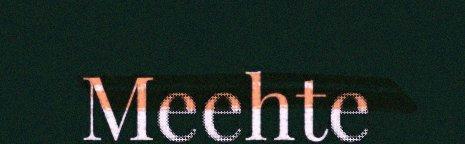
Meehte